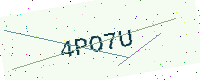
Text: 4PO7U